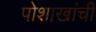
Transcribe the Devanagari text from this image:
पोशाखांची